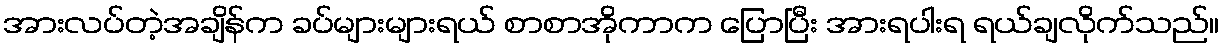
အားလပ်တဲ့အချိန်က ခပ်များများရယ် စာစာအိုကာက ပြောပြီး အားရပါးရ ရယ်ချလိုက်သည်။